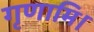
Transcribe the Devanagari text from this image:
गृणामि।